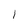
Character: l